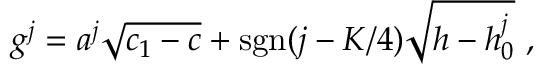
g ^ { j } = a ^ { j } \sqrt { c _ { 1 } - c } + \mathrm { s g n } ( j - K / 4 ) \sqrt { h - h _ { 0 } ^ { j } } { } ~ ,